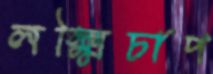
লক্ষ্মিচাপ